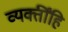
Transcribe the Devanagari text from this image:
व्यक्तींहि